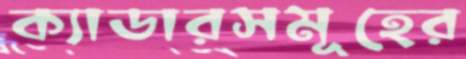
ক্যাডারসমূহের